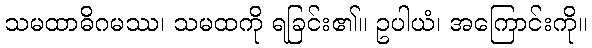
သမထာဓိဂမဿ၊ သမထကို ရခြင်း၏။ ဥပါယံ၊ အကြောင်းကို။